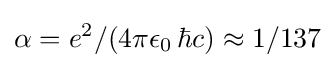
\alpha ={e^{2}}/{(4\pi \epsilon _{0}\,\hbar c)}\approx 1/137